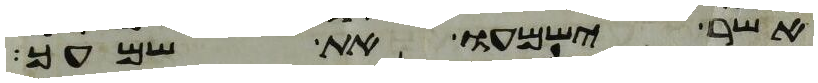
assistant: אשר ישמעו את שמעך